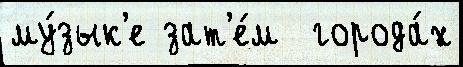
му́зык'е зат'е́м  города́х